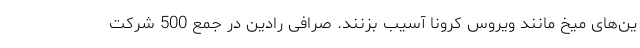
ین‌های میخ مانند ویروس کرونا آسیب بزنند. صرافی رادین در جمع 500 شرکت